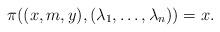
LaTeX: \begin{align*}\pi((x, m, y), ( \lambda_1, \ldots, \lambda_n)) = x.\end{align*}